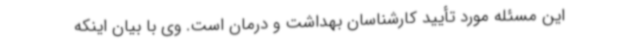
این مسئله مورد تأیید کارشناسان بهداشت و درمان است. وی با بیان اینکه